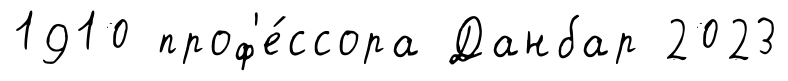
1910 проф'е́ссора Данбар 2023